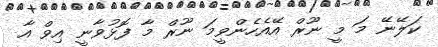
ކަލޭނޭ މަ މީ ނޫރް އޭއެހެންވީމަ ނޫރް މާ ފޮޅުވާނީ އިވް އާ